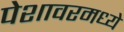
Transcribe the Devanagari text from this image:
पेशावरमध्ये